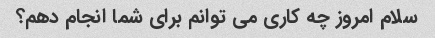
سلام امروز چه کاری می توانم برای شما انجام دهم؟